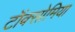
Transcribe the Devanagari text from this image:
टॉक्सोमिया